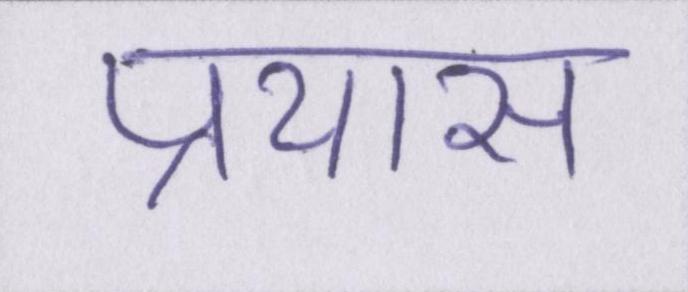
प्रयास